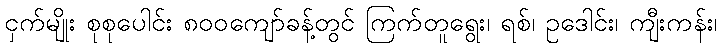
ငှက်မျိုး စုစုပေါင်း ၈၀၀ကျော်ခန့်တွင် ကြက်တူရွေး၊ ရစ်၊ ဥဒေါင်း၊ ကျီးကန်း၊